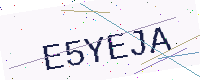
Text: E5YEJA